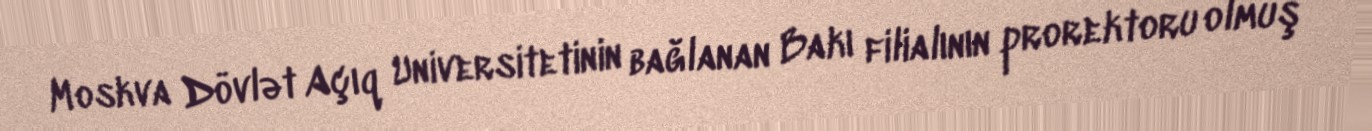
Moskva Dövlət Açıq Universitetinin bağlanan Bakı filialının prorektoru olmuş